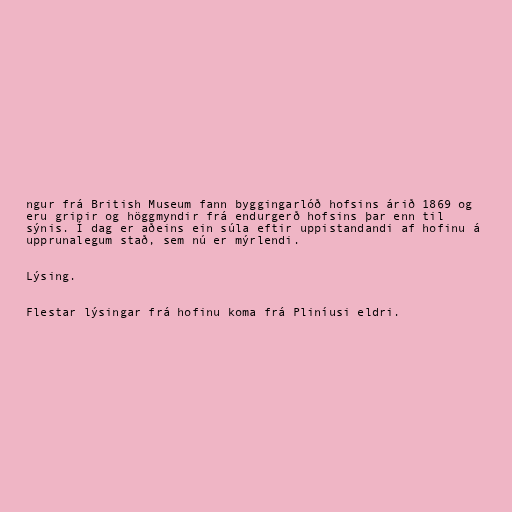
ngur frá British Museum fann byggingarlóð hofsins árið 1869 og
eru gripir og höggmyndir frá endurgerð hofsins þar enn til
sýnis. Í dag er aðeins ein súla eftir uppistandandi af hofinu á
upprunalegum stað, sem nú er mýrlendi.

Lýsing.

Flestar lýsingar frá hofinu koma frá Pliníusi eldri.